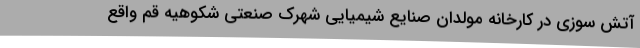
آتش سوزی در کارخانه مولدان صنایع شیمیایی شهرک صنعتی شکوهیه قم واقع